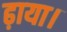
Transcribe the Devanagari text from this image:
ढ़ाया।